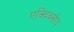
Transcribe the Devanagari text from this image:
एक्दिवसीय